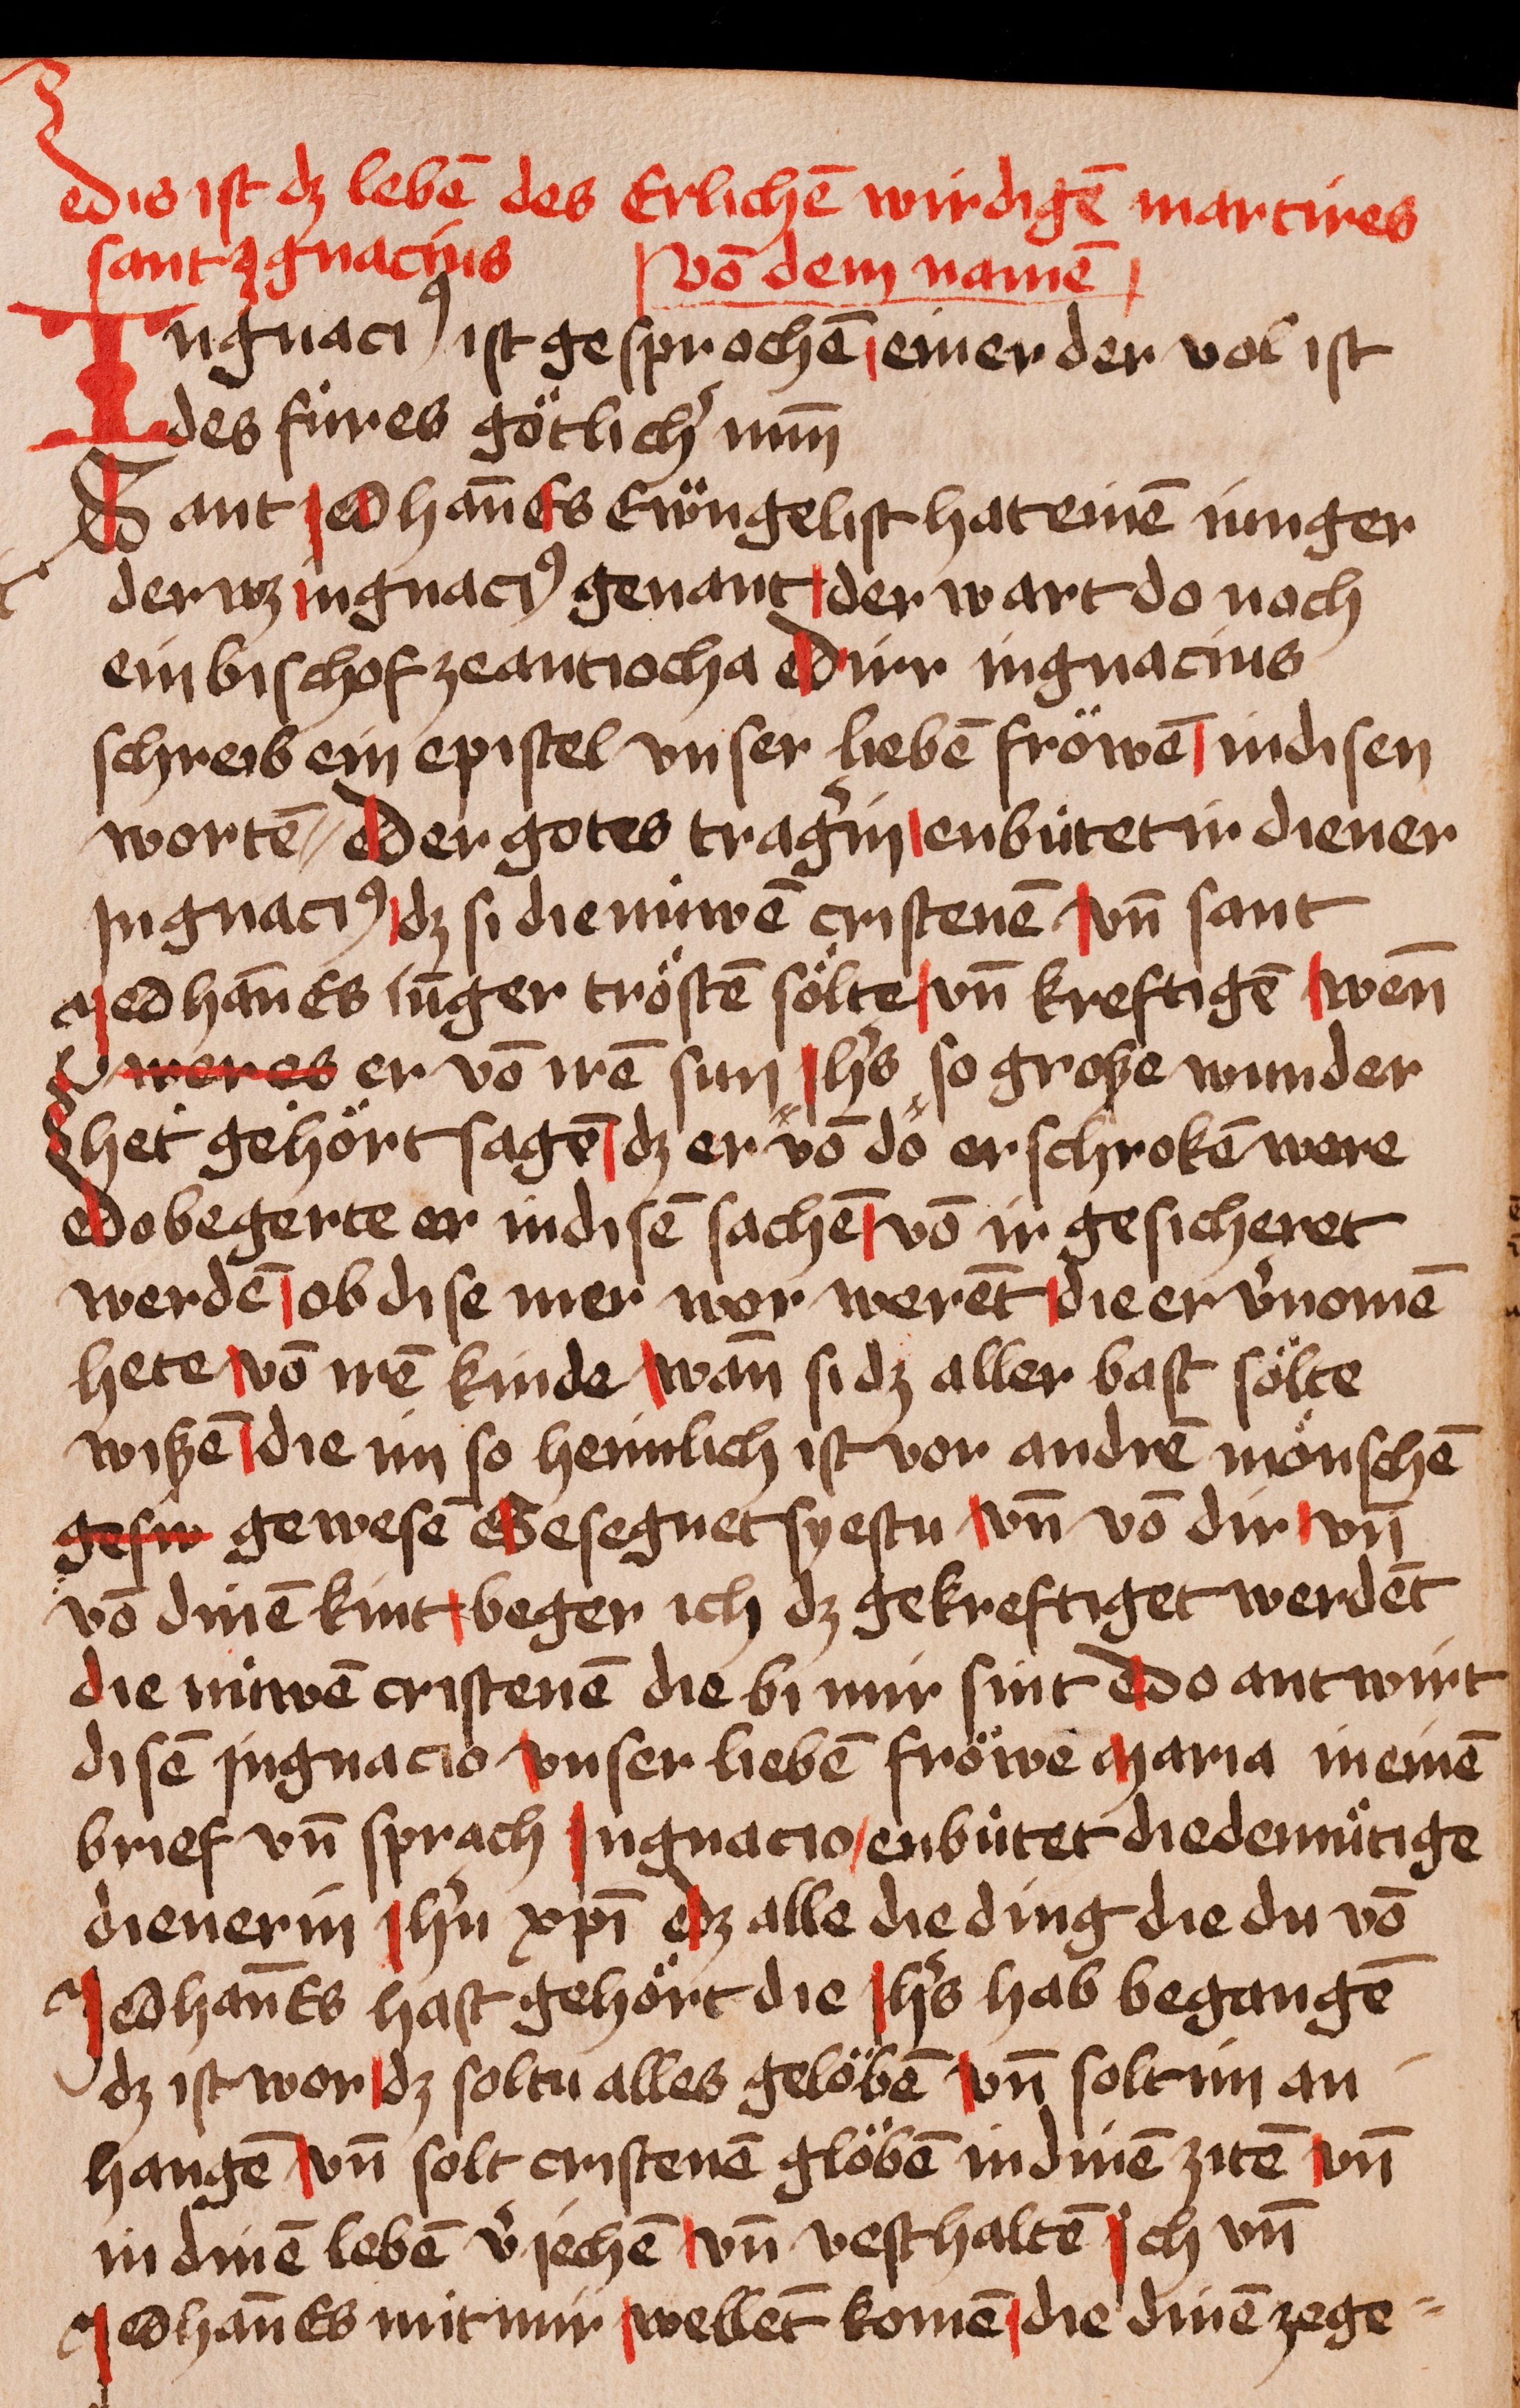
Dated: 1400–1449